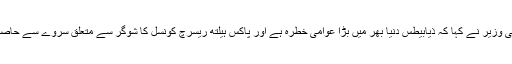
تقریب سے خطاب کرتے ہوئے وفاقی وزیر نے کہا کہ ذیابیطس دنیا بھر میں بڑا عوامی خطرہ ہے اور پاکس ہیلتھ ریسرچ کونسل کا شوگر سے متعلق سروے سے حاصل ہونے والے نتائج تشویش ناک ہیں۔